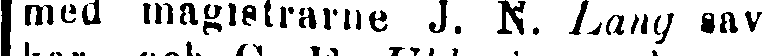
med magistrarna J. N. Lang sav